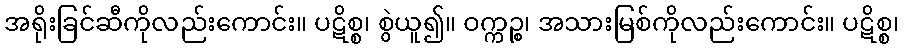
အရိုးခြင်ဆီကိုလည်းကောင်း။ ပဋိစ္စ၊ စွဲယူ၍။ ဝက္ကဉ္စ၊ အသားမြစ်ကိုလည်းကောင်း။ ပဋိစ္စ၊